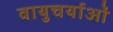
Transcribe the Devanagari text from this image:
वायुचर्याओं